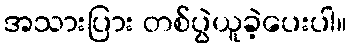
အသားပြား တစ်ပွဲယူခဲ့ပေးပါ။